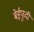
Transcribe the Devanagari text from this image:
बेईफुदी